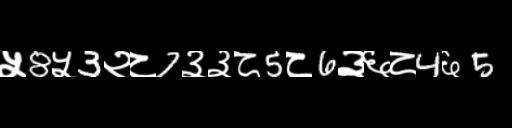
Text: ५8५3२८7३३८5८6३६८4६5